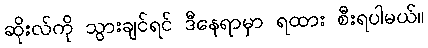
ဆိုးလ်ကို သွားချင်ရင် ဒီနေရာမှာ ရထား စီးရပါမယ်။